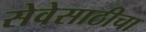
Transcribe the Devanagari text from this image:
सेवेसाठीचा